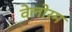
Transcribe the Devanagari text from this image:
वेलोरम